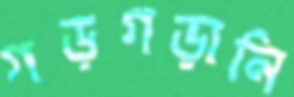
গড়গড়ানি